Medical and sanitary report of the native army of Madras for the year
Year: 1872
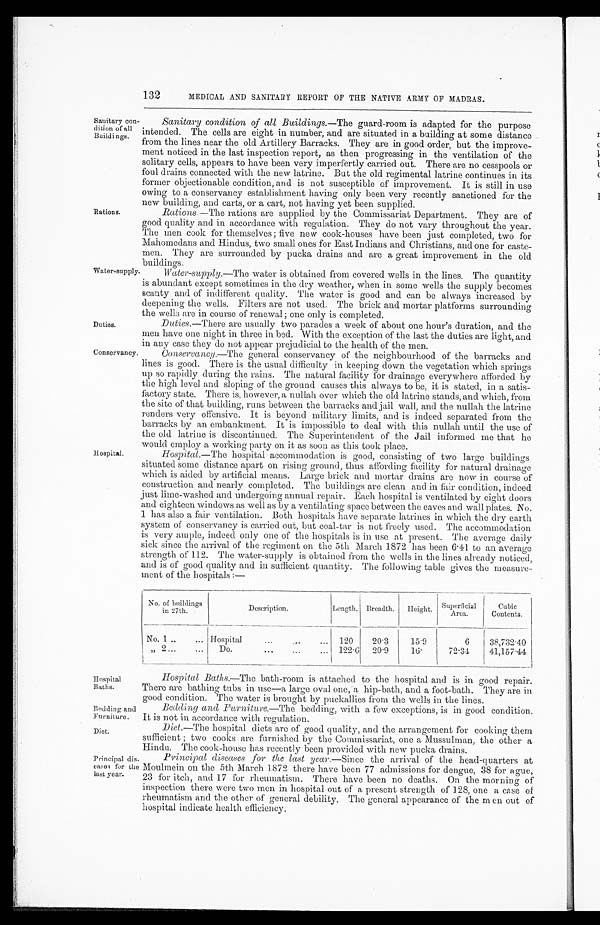
132
MEDICAL AND SANITARY REPORT OF THE NATIVE ARMY OF MADRAS.
Sanitary con¬
dition of all
Buildings.
Rations.
Water-supply
Duties.
Conservancy
Hospital.
Sanitary condition of all Buildings.—The guard-room is adapted for the purpose
intended. The cells are eight in number, and are situated in a building at some distance
from the lines near the old Artillery Barracks. They are in good order, but the improve-
ment noticed in the last inspection report, as then progressing in the ventilation of the
solitary cells, appears to have been very imperfertly carried out. There are no cesspools or
foul drains connected with the new latrine. But the old regimental latrine continues in its
former objectionable condition, and is not susceptible of improvement. It is still in use
owing to a conservancy establishment having only been very recently sanctioned for the
new building, and carts, or a cart, not having yet been supplied.
Rations.— The rations are supplied by the Commissariat Department. They are of
good quality and in accordance with regulation. They do not vary throughout the year.
The men cook for themselves; five new cook-houses have been just completed, two for
Mahomedans and Hindus, two small ones for East Indians and Christians, and one for caste-
men. They are surrounded by pucka drains and are a great improvement in the old
buildings.
Water-supply .—The water is obtained from covered wells in the lines. The quantity
is abundant except sometimes in the dry weather, when in some wells the supply becomes
scanty and of indifferent quality. The water is good and can be always increased by
deepening the wells. Filters are not used. The brick and mortar platforms surrounding
the wells are in course of renewal; one only is completed.
Duties .—There are usually two parades a week of about one hour’s duration, and the
men have one night in three in bed. With the exception of the last the duties are light, and
in any case they do not appear prejudicial to the health of the men.
Conservancy.—The general conservancy of the neighbourhood of the barracks and.
lines is good. There is the usual difficulty in keeping down the vegetation which springs
up so rapidly during the rains. The natural facility for drainage everywhere afforded by
the high level and sloping of the ground causes this always to be, it is stated, in a satis-
factory state. There is, however, a nullah over which the old latrine stands, and which, from
the site of that building, runs between the barracks and jail wall, and the nullah the latrine
renders very offensive. It is beyond military limits, and is indeed separated from the
barracks by an embankment. It is impossible to deal with this nullah until the use of
the old latrine is discontinued. The Superintendent of the Jail informed me that he
would employ a working party on it as soon as this took place.
Hospital.— The hospital accommodation is good, consisting of two large buildings
situated some distance apart on rising ground, thus affording facility for natural drainage
which is aided by artificial means. Large brick and mortar drains are now in course of
construction and nearly completed. The buildings are clean and in fair condition, indeed
just lime-washed and undergoing annual repair. Each hospital is ventilated by eight doors
and eighteen windows as well as by a ventilating space between the eaves and wall plates. No.
1 has also a fair ventilation. Both hospitals have separate latrines in which the dry earth
system of conservancy is carried out, but coal-tar is not freely used. The accommodation
is very ample, indeed only one of the hospitals is in use at present. The average daily
sick since the arrival of the regiment on the 5th March 1872 has been 6.4l to an average
strength of 112. The water-supply is obtained from the wells in the lines already noticed,
and is of good quality and in sufficient quantity. The following table gives the measure-
ment of the hospitals :—
No. of building s
in 2 7 t h .
Descriptio
n.
Length. Breadth.
Height.
Superficial
Area.
Cubic
Contents.
No. 1 ..
... Hospital...
...
120
20.3
15.9
6
38,732.40
„ 2...
...
Do.
. . . ...
...
1 2 2 . 6
20.9
16.
72.34
41,157.44
Hospital
Baths.
Bedding and
Furniture.
Diet.
Principal dis
¬eases for the
last year.
Hospital Baths.—The bath-room is attached to the hospital and is in good repair.
There are bathing tubs in use—a large oval one, a hip-bath, and a foot-bath. They are in
good condition. The water is brought by puckallies from the wells in the lines.
Bedding and Furniture—the
bedding, with a few exceptions, is in good condition.
It is not in accordance with regulation.
Diet.—The hospital diets are of good quality , and the arrangement for cooking them
sufficient ; two cooks are furnished by the Commissariat, one a Mussulman, the other a
Hindu. The cook-house has recently been provided with new pucka drains.
Principal diseases for the last year. — Since the arrival of the head-quarters at
Moulmein on the 5th March 1872 there have been 77 admissions for dengue, 38 for ague,
23 for itch, and 17 for rheumatism. There have been no deaths. On the morning of
inspection there were two men in hospital out of a present strength of 128, one a case of
rheumatism and the other of general debility, The general appearance of the men out of
hospital indicate health efficiency.